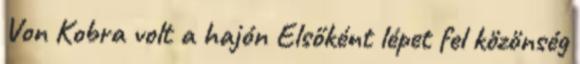
Von Kobra volt a hajón Elsőként lépet fel közönség